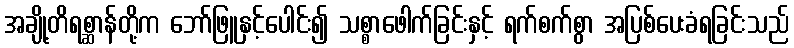
အချို့တိရစ္ဆာန်တို့က ဘော်ဖြူနှင့်ပေါင်း၍ သစ္စာဖေါက်ခြင်းနှင့် ရက်စက်စွာ အပြစ်ပေးခံရခြင်းသည်